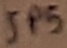
Text: JP5